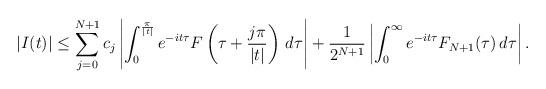
LaTeX: \begin{align*} |I(t)| \le \sum_{j=0}^{N+1} c_j \left\vert \int_0^{\frac{\pi}{|t|}} e^{-it\tau} F\left( \tau +\frac{j\pi}{|t|}\right) \, d\tau \right\vert + \frac{1}{2^{N+1}} \left\vert \int_{0}^{\infty} e^{-it\tau} F_{N+1}(\tau)\,d\tau \right\vert. \end{align*}